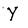
Character: Y